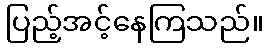
ပြည့်အင့်နေကြသည်။